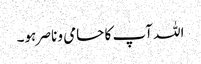
اللہ آپ کا حامی و ناصر ہو۔